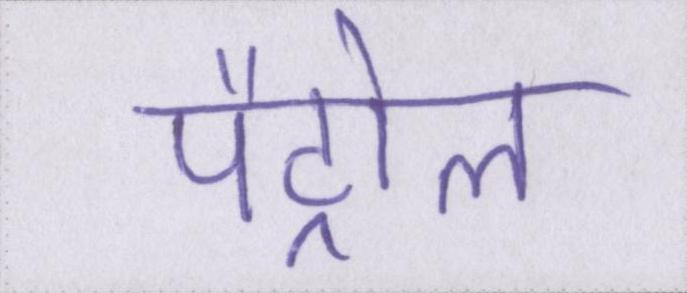
पैट्रोल